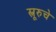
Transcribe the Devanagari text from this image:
श्त्रूरुचे